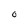
Character: 0